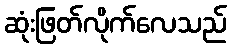
ဆုံးဖြတ်လိုက်လေသည်